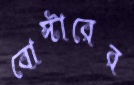
বোস্টারের